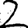
Digit: 2